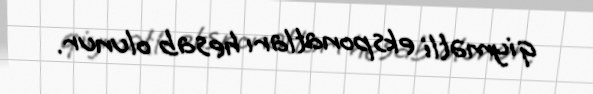
qiymətli eksponatları hesab olunur.